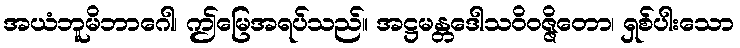
အယံဘူမိဘာဂေါ၊ ဤမြေအရပ်သည်။ အဋ္ဌမန္တဒေါသဝိဝဇ္ဇိတော၊ ရှစ်ပါးသော